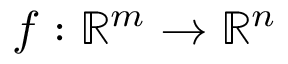
f : \mathbb { R } ^ { m } \to \mathbb { R } ^ { n }